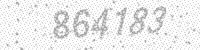
Solution: 864183